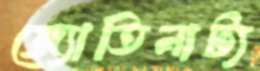
জ্যোতিনাট্য